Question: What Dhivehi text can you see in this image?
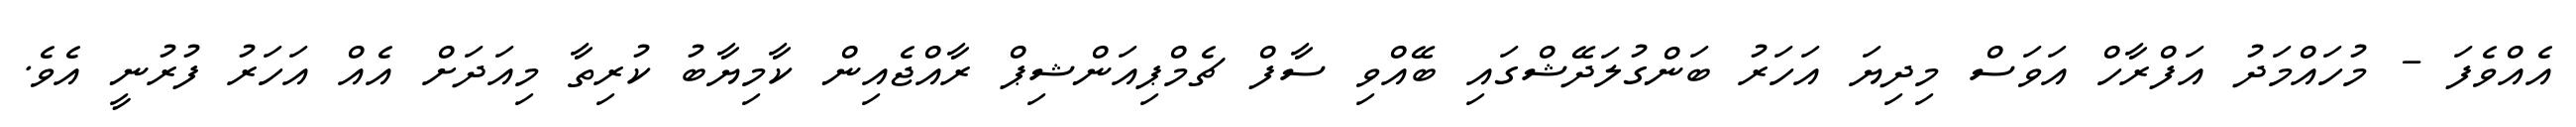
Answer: އެއްވެފަ - މުހައްމަދު އަފްރާހް އަވަސް މިދިޔަ އަހަރު ބަންގުލަދޭޝްގައި ބޭއްވި ސާފް ޗެމްޕިއަންޝިޕް ރާއްޖެއިން ކާމިޔާބު ކުރިތާ މިއަދަށް އެއް އަހަރު ފުރުނީ އެވެ.